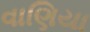
વાણિયા